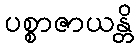
ပစ္စာဇာယန္တိ